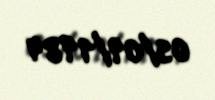
05/09/1984